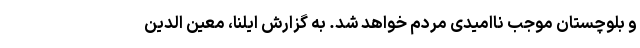
و بلوچستان موجب ناامیدی مردم خواهد شد. به گزارش ایلنا، معین الدین